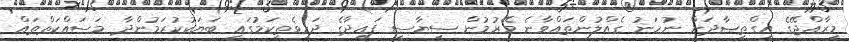
މިރާއްޖޭގެ އިގްތިޞާދަށް ނުހަނު ގެއްލުންތައްވާނެ މޭރުމުން ސިޔާސީ ފައިދާގެ ދަހިވެތިކަމުގައި ބަޔަކުކުރަމުންދާ މަސައްކަތްތައް